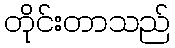
တိုင်းတာသည်